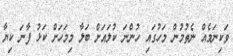
ވަކިނަމެއް ނެތުމުން މަހުގައި ހުންނަ ކުލައަށް ބަލާ މިމަހަށް ކަޅު ފާނަ ކިޔާ